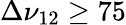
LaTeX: \Delta\nu_{12}\ge 75